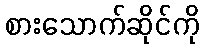
စားသောက်ဆိုင်ကို